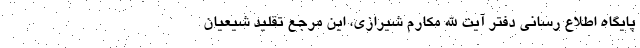
پایگاه اطلاع رسانی دفتر آیت الله مکارم شیرازی، این مرجع تقلید شیعیان